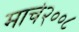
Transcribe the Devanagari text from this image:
मार्च२००८